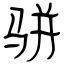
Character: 骈